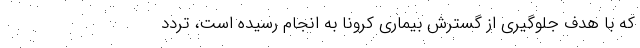
که با هدف جلوگیری از گسترش بیماری کرونا به انجام رسیده است، تردد